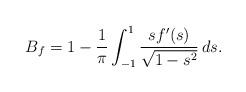
LaTeX: \begin{align*}B_f = 1 - \frac{1}{\pi} \int_{-1}^1 \frac{s f'(s)}{\sqrt{1-s^2}}\,ds.\end{align*}